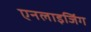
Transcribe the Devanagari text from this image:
एनलाइजिंग